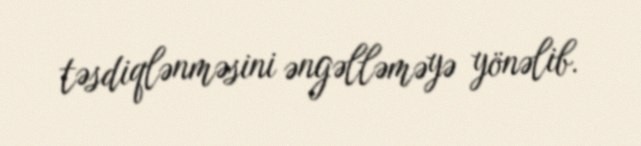
təsdiqlənməsini əngəlləməyə yönəlib.